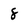
Character: 8